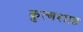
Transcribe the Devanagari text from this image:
कुत्बशाह